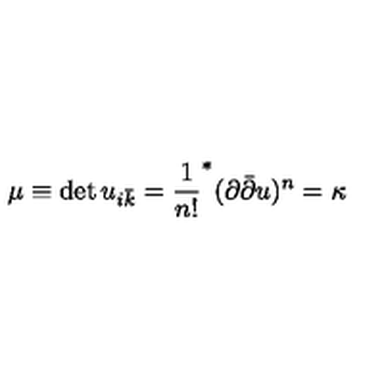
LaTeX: \mu \equiv \det u _ { i \bar { k } } = \frac { 1 } { n ! } ^ { * } ( \partial \bar { \partial } u ) ^ { n } = \kappa